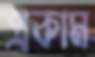
প্রকাম